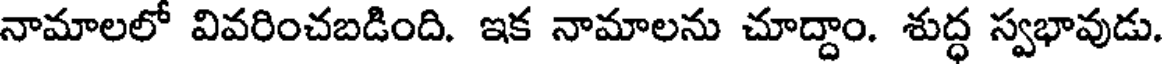
నామాలలో వివరించబడింది. ఇక నామాలను చూద్దాం. శుద్ధ స్వభావుడు.